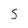
Character: S